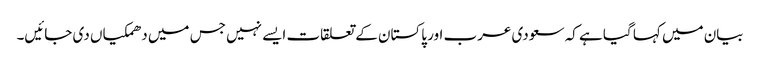
بیان میں کہا گیا ہے کہ سعودی عرب اور پاکستان کے تعلقات ایسے نہیں جس میں دھمکیاں دی جائیں۔